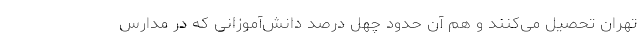
تهران تحصیل می‌کنند و هم آن حدود چهل درصد دانش‌آموزانی که در مدارس